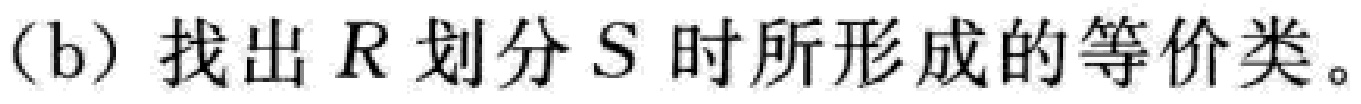
(b) 找出 \(R\) 划分 \(S\) 时所形成的等价类。